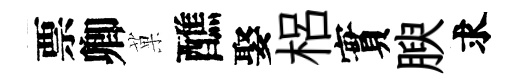
票卿菓醮娶梠實腴求